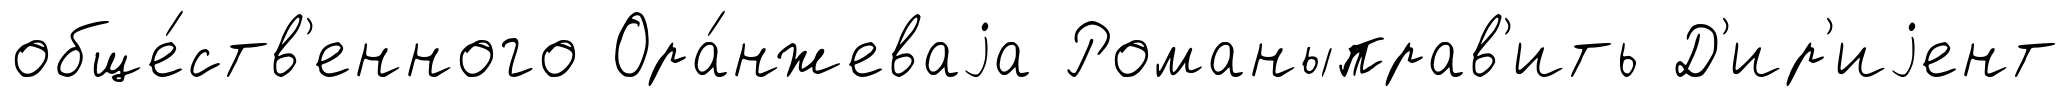
обще́ств'енного Ора́нжеваjа Романыправ'ить Д'ир'иjент